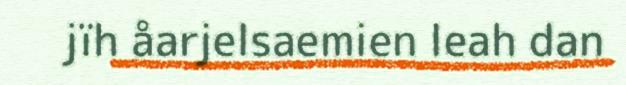
jïh åarjelsaemien leah dan